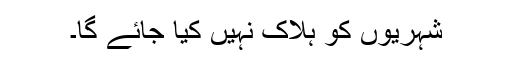
شہریوں کو ہلاک نہیں کیا جائے گا۔